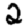
Digit: 2